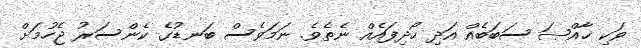
ވަކި ޚާއްޞަ ސަބަބެއް އަދި ހޯދިފައެއް ނެތެވެ. ނަމަވެސް ބަނޑުގެ ކެންސަރު ޖެހުމަށް